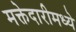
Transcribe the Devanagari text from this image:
मक्तेदारीमध्ये